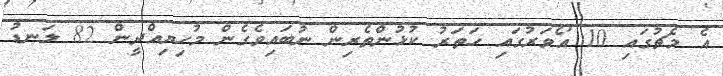
އެ މެޗުގައި 10 އޯވަރުގައި ހަތަރު ކުޅުންތެރިން ނުބައިވެގެން މުހިޔިއްދީން 82 ލަނޑު